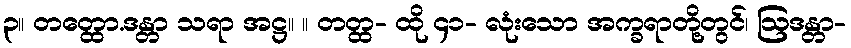
၃။ တတ္ထော.ဒန္တာ သရာ အဋ္ဌ။ ။ တတ္ထ- ထို ၄၁- လုံးသော အက္ခရာတို့တွင်၊ ဩဒန္တာ-